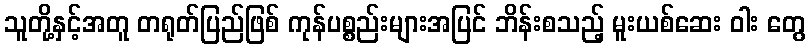
သူတို့နှင့်အတူ တရုတ်ပြည်ဖြစ် ကုန်ပစ္စည်းများအပြင် ဘိန်းစသည့် မူးယစ်ဆေး ဝါး တွေ